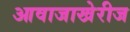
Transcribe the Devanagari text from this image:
आवाजाखेरीज